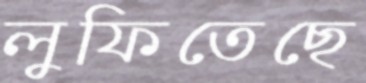
লুফিতেছে